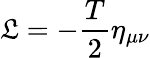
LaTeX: \mathfrak{L}=-\frac{T}{2}\eta_{\mu\nu}